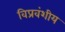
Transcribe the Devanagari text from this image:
विप्रवंशीय